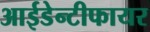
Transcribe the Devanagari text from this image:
आईडेन्टीफायर